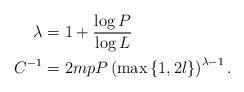
LaTeX: \begin{align*}\lambda & =1+\frac{\log P}{\log L}\quad\\C^{-1} & =2mpP\left( \max\left\{ 1,2l\right\} \right) ^{\lambda-1}.\end{align*}